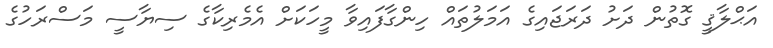
އަޙްލާޤީ ގޮތުން ދަށު ދަރަޖައިގެ އަމަލުތައް ހިންގާފައިވާ މީހަކަށް އެމެރިކާގެ ސިޔާސީ މަސްރަހުގެ